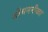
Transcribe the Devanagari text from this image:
श्रीघननीळा